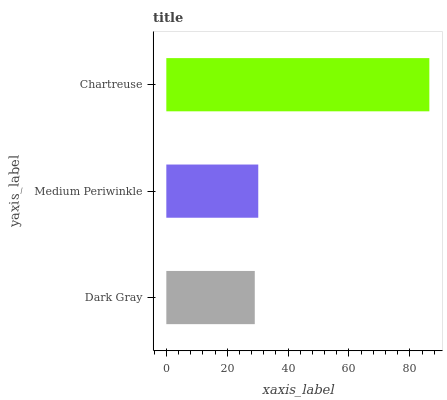
| yaxis_label | bars |
 | --- | --- |
 | Dark Gray | 29.1 |
 | Medium Periwinkle | 30.2 |
 | Chartreuse | 86.4 |